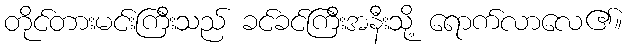
တိုင်တားမင်းကြီးသည် ခင်ခင်ကြီးအနီးသို့ ရောက်လာလေ၏။